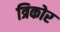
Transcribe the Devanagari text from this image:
त्रिकोर